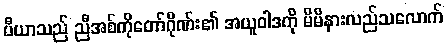
ပီယာသည် ညီအစ်ကိုတော်ဂိုဏ်း၏ အယူဝါဒကို မိမိနားလည်သလောက်